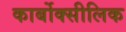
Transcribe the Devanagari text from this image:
कार्बोक्सीलिक